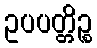
ဥပပတ္တိဉ္စ